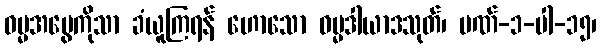
ဓမ္မအမွေကိုသာ ခံယူကြရန် ဟောသော ဓမ္မဒါယာဒသုတ်၊ ပဏ်-၁-ပါ-၁၅၊